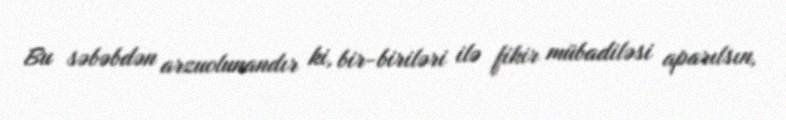
Bu səbəbdən arzuolunandır ki, bir-biriləri ilə fikir mübadiləsi aparılsın,